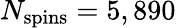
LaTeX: N_{\mathrm{spins}}=5,890